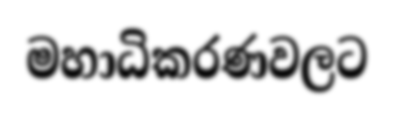
මහාධිකරණවලට